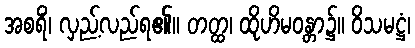
အစရိံ၊ လှည့်လည်ရ၏။ တတ္ထ၊ ထိုဟိမဝန္တာ၌။ ဝိသမဋ္ဌံ၊